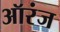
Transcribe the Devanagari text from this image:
ऑरंज